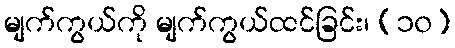
မျက်ကွယ်ကို မျက်ကွယ်ထင်ခြင်း၊ (၁၀)